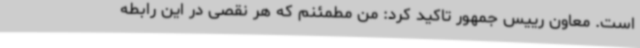
است. معاون رییس جمهور تاکید کرد: من مطمئنم که هر نقصی در این رابطه